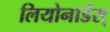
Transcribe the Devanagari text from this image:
लियोनार्डस्